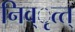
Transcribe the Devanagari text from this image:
निव्ृत्त्